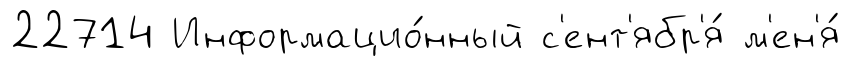
22714 Информацио́нный с'ент'ябр'я́ м'ен'я́